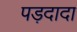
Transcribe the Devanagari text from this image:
पड़दादा